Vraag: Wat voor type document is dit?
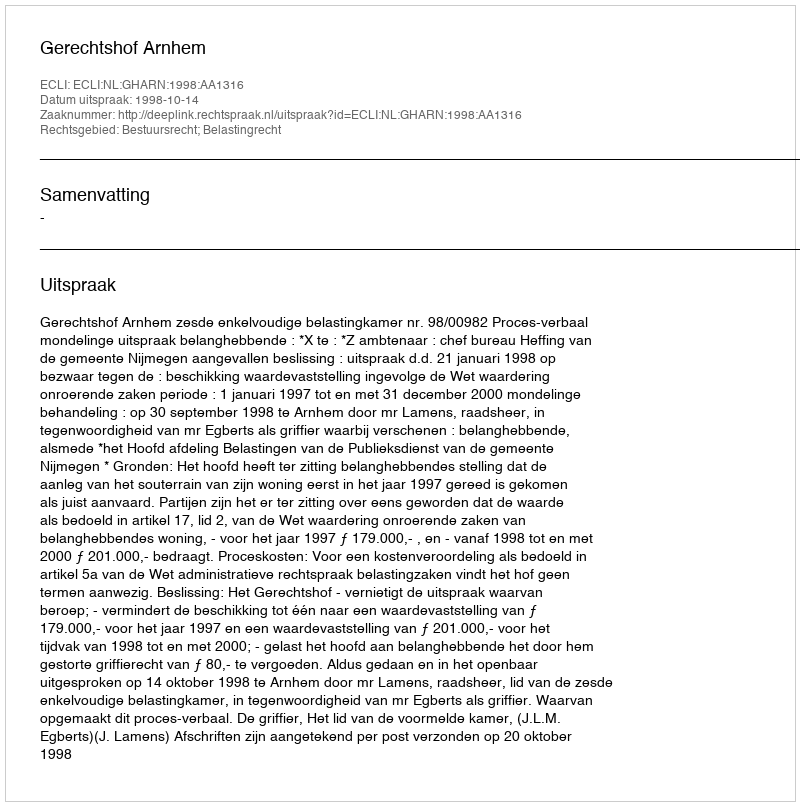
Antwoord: Uitspraak